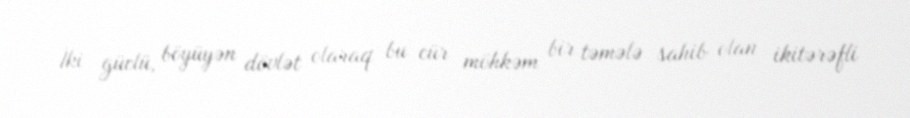
İki güclü, böyüyən dövlət olaraq bu cür möhkəm bir təmələ sahib olan ikitərəfli